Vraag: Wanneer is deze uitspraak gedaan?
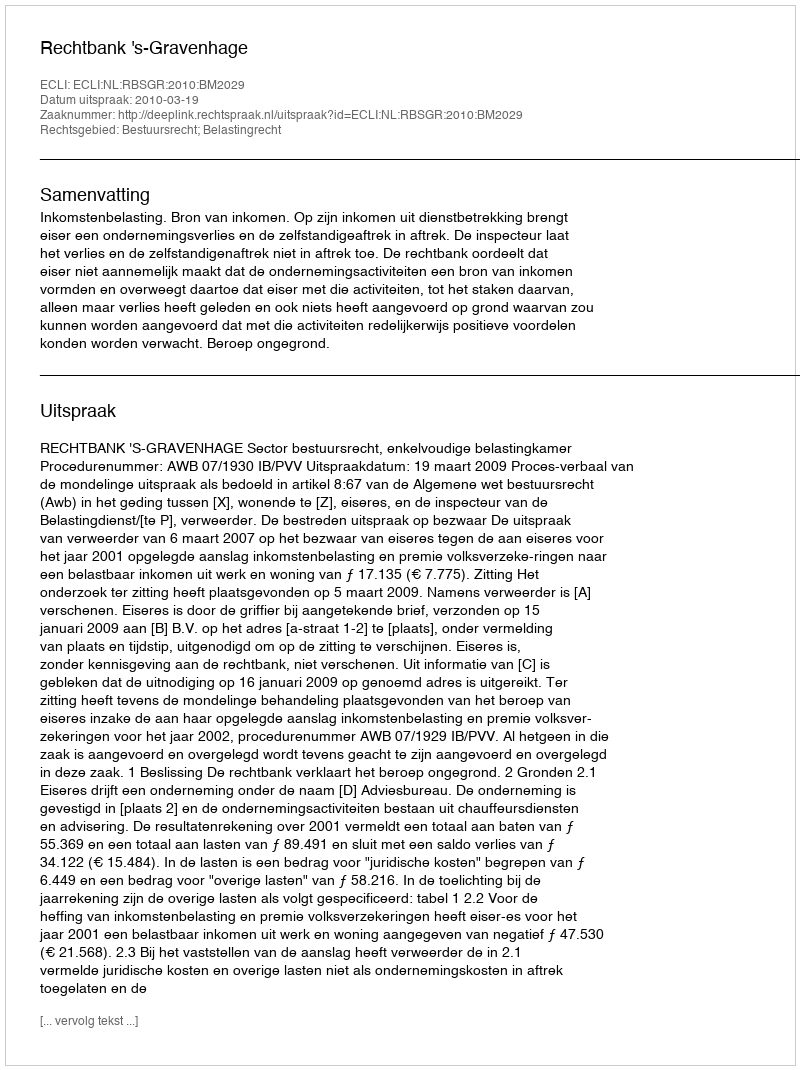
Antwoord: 2010-03-19